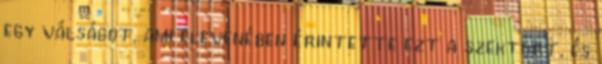
egy válságot, ami elevenében érintette ezt a szektort, és